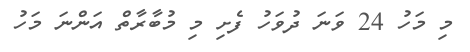
މި މަހު 24 ވަނަ ދުވަހު ފެށި މި މުބާރާތް އަންނަ މަހު